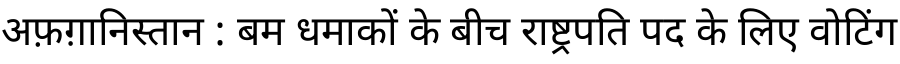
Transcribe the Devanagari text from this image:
अफ़ग़ानिस्तान : बम धमाकों के बीच राष्ट्रपति पद के लिए वोटिंग